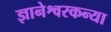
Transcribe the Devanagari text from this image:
ज्ञानेश्वरकन्या